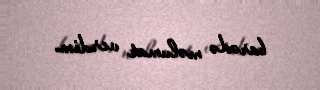
barədə məlumat verdim.